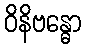
ဝိနိဗန္ဓော